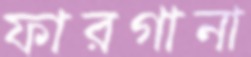
ফারগানা